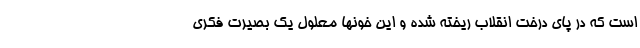
است که در پای درخت انقلاب ریخته شده و این خونها معلول یک بصیرت فکری